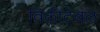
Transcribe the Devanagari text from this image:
विकीटेबल